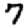
Digit: 7